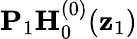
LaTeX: \mathbf{P}_{1}\mathbf{H}_{0}^{(0)}(\mathbf{z}_{1})